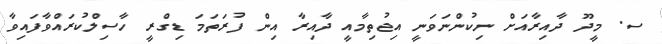
ސ. މީދޫ ދާއިރާއަށް ނިކުންނަވަނީ އިޖުތިމާއީ ދާއިރާ އިން ފުރަތަމަ ޑިގްރީ ހާސިލްކުރައްވާފައިވާ